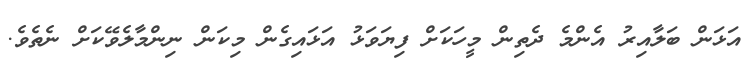
އަޅަން ބަލާއިރު އެންމެ ދެތިން މީހަކަށް ފިޔަވަޅު އަޅައިގެން މިކަން ނިންމާލެވޭކަށް ނެތެވެ.